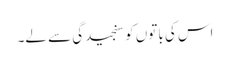
اس کی باتوں کو سنجیدگی سے لے۔